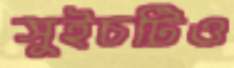
সুইচটিও